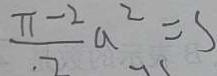
\frac { \pi - 2 } { 2 } a ^ { 2 } = S